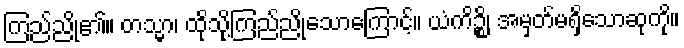
ကြည်ညို၏။ တသ္မာ၊ ထိုသို့ကြည်ညိုသောကြောင့်။ ယံကိဉ္စိ၊ အမှတ်မရှိသောဆုကို။